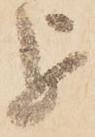
を